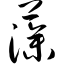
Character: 藻